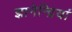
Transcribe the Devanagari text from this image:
ज्ञानेन्द्रियां